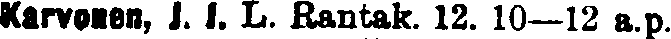
Karvonen, J. I. L. Rantak. 12. 10—12 a.p.